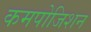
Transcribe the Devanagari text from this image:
कमपोजिशन